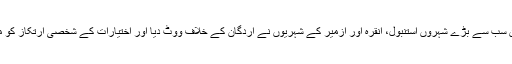
ترکی کے تین سب سے بڑے شہروں استنبول، انقرہ اور ازمیر کے شہریوں نے اردگان کے خلاف ووٹ دیا اور اختیارات کے شخصی ارتکاز کو مسترد کر دیا۔